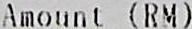
AMOUNT (RM)